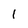
Character: 1